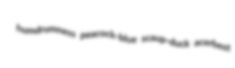
humdrumness peacock-blue scaup-duck acerbest